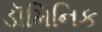
ડૉમિનિક